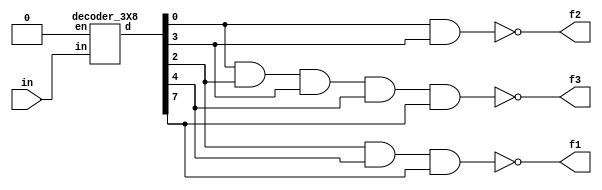
module prob_4_27(f1, f2, f3, in);
    output f1, f2, f3;
    input [2:0] in;
    wire [7:0] decode_out;

    decoder_3X8 m1(decode_out, 1'b0, in);
    // f1
    nand(f1, decode_out[2], decode_out[4], decode_out[7] );
    // f2
    nand(f2, decode_out[0], decode_out[3]);
    //f3
    nand(f3, decode_out[0], decode_out[2], decode_out[3], decode_out[4], decode_out[7]);
endmodule

module decoder_3X8(d, en, in);
    output [7:0] d;
    input en;
    input [2:0] in;

    wire not_en, not_a, not_b, not_c;
    // Inverted signals
    not (not_en, en);
    not (not_a, in[2]);
    not (not_b, in[1]);
    not (not_c, in[0]);
    // a = in[2], b = in[1], c = in[0]
    nand (d[0], not_en, not_a, not_b, not_c);
    nand (d[1], not_en, not_a, not_b, in[0]);
    nand (d[2], not_en, not_a, in[1], not_c);
    nand (d[3], not_en, not_a, in[1], in[0]);
    nand (d[4], not_en, in[2], not_b, not_c);
    nand (d[5], not_en, in[2], not_b, in[0]);
    nand (d[6], not_en, in[2], in[1], not_c);
    nand (d[7], not_en, in[2], in[1], in[0]);


endmodule

module prob_4_27_tb;
    reg [2:0] in;
    //reg en;
    wire f1, f2, f3;
    
    //Instantiate UUT
    prob_4_27 UUT(f1, f2, f3, in);

    //stimulus block
    initial
        begin
            in = 3'b000;
            repeat(7) #10 in = in + 1'b1;
        end
    initial $monitor("in = %b, f1 = %b, f2 = %b, f3 = %b", in, f1, f2, f3);
endmodule

/*module decoder_3X8_tb;
    reg [2:0] in;
    reg en;
    wire [7:0] f;
    integer i;
    
    //Instantiate UUT
    decoder_3X8 UUT(f, en, in);

    //stimulus block
    initial
        for (i = 0; i < 2; i = i + 1) begin
            en = i;
            begin
                in = 3'b000;
                repeat(8) #10 in = in + 1'b1;
            end
        end
    initial $monitor("en = %b, in = %b, output = %b", en, in, f);
endmodule
*/